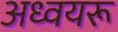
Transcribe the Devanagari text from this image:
अध्वयरू